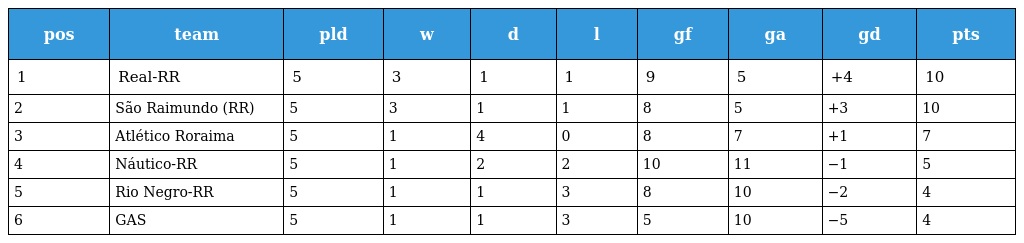
| pos | team | pld | w | d | l | gf | ga | gd | pts |
 | --- | --- | --- | --- | --- | --- | --- | --- | --- | --- |
 | 1 | Real-RR | 5 | 3 | 1 | 1 | 9 | 5 | +4 | 10 |
 | 2 | São Raimundo (RR) | 5 | 3 | 1 | 1 | 8 | 5 | +3 | 10 |
 | 3 | Atlético Roraima | 5 | 1 | 4 | 0 | 8 | 7 | +1 | 7 |
 | 4 | Náutico-RR | 5 | 1 | 2 | 2 | 10 | 11 | −1 | 5 |
 | 5 | Rio Negro-RR | 5 | 1 | 1 | 3 | 8 | 10 | −2 | 4 |
 | 6 | GAS | 5 | 1 | 1 | 3 | 5 | 10 | −5 | 4 |